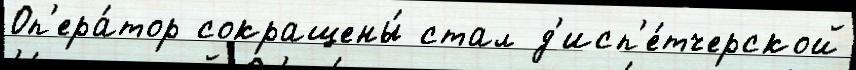
Оп'ера́тор сокращены́ стал д'исп'е́тчерской